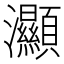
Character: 灦